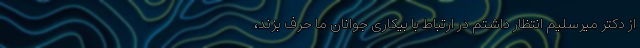
از دکتر میرسلیم انتظار داشتم در ارتباط با بیکاری جوانان ما حرف بزند،